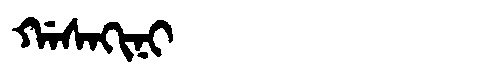
Manchu: ᡤᠠᠰᠠᡴᡳᠨᡳ
Romanization: GASAKINI